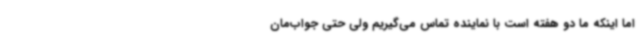
اما اینکه ما دو هفته است با نماینده تماس می‌گیریم ولی حتی جواب‌مان